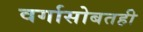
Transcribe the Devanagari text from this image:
वर्गासोबतही